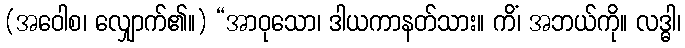
(အဝေါစ၊ လျှောက်၏။) “အာဝုသော၊ ဒါယကာနတ်သား။ ကိံ၊ အဘယ်ကို။ လဒ္ဓါ၊